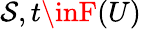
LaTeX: \mathcal{S},t\inF(U)